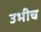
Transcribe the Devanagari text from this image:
उभीच